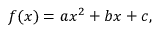
f ( x ) = a x ^ { 2 } + b x + c ,